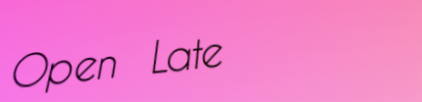
Open Late